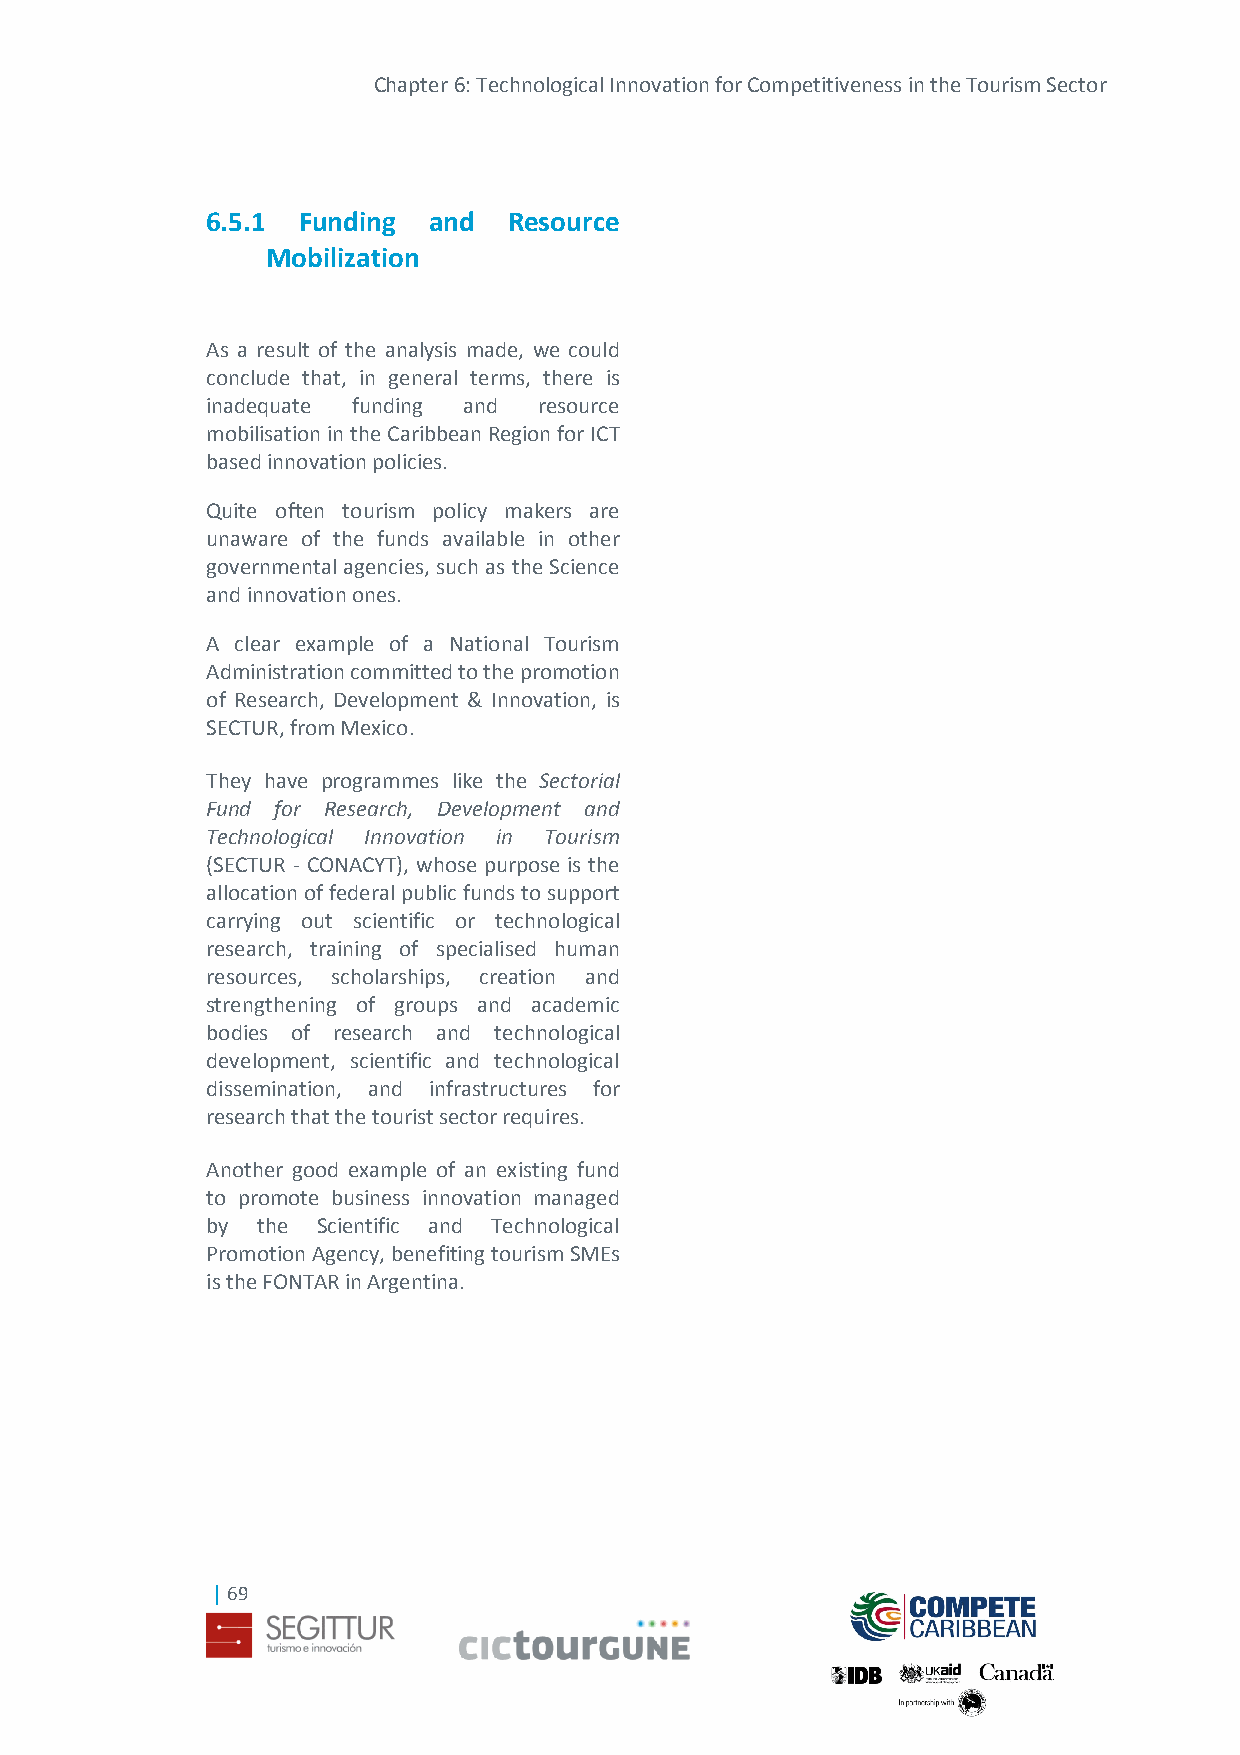
Chapter 6: Technological Innovation for Competitiveness in the Tourism Sector
 6.5.1 Funding and   Resource
 Mobilization
 As a result of the analysis made, we could
 conclude that, in general terms, there is
 inadequate funding and resource
 mobilisation in the Caribbean Region for ICT
 based innovation policies.
 Quite often tourism policy makers are
 unaware of the funds available in other
 governmental agencies, such as the Science
 and innovation ones.
 A clear example of a National Tourism
 Administration committed to the promotion
 of Research, Development & Innovation, is
 SECTUR, from Mexico.
 They have programmes like the Sectorial
 Fund for Research, Development and
 Technological Innovation in Tourism
 (SECTUR - CONACYT), whose purpose is the
 allocation of federal public funds to support
 carrying out scientific or technological
 research, training of specialised human
 resources, scholarships, creation and
 strengthening of groups and academic
 bodies of research and technological
 development, scientific and technological
 dissemination, and infrastructures for
 research that the tourist sector requires.
 Another good example of an existing fund
 to promote business innovation managed
 by the Scientific and Technological
 Promotion Agency, benefiting tourism SMEs
 is the FONTAR in Argentina.
 | 69